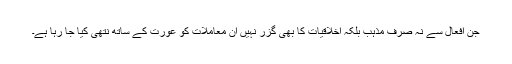
جن افعال سے نہ صرف مذہب بلکہ اخلاقیات کا بھی گزر نہیں اُن معاملات کو عورت کے ساتھ نتھی کیا جا رہا ہے۔